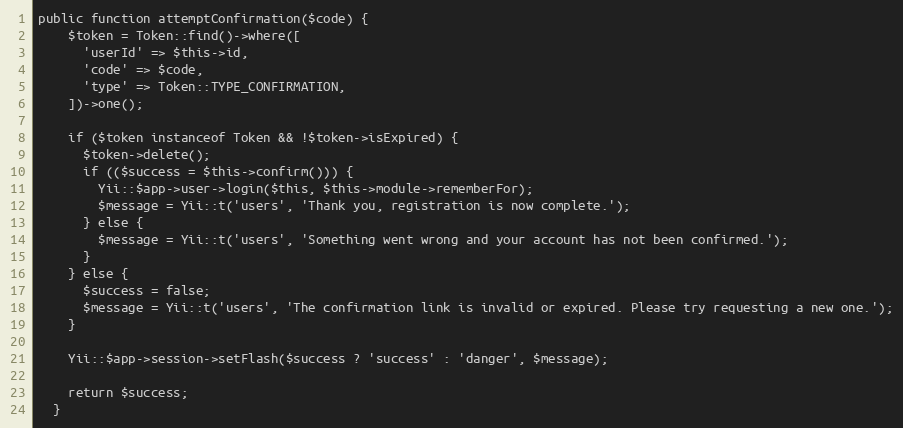
Language: PHP
public function attemptConfirmation($code) {
    $token = Token::find()->where([
      'userId' => $this->id,
      'code' => $code,
      'type' => Token::TYPE_CONFIRMATION,
    ])->one();

    if ($token instanceof Token && !$token->isExpired) {
      $token->delete();
      if (($success = $this->confirm())) {
        Yii::$app->user->login($this, $this->module->rememberFor);
        $message = Yii::t('users', 'Thank you, registration is now complete.');
      } else {
        $message = Yii::t('users', 'Something went wrong and your account has not been confirmed.');
      }
    } else {
      $success = false;
      $message = Yii::t('users', 'The confirmation link is invalid or expired. Please try requesting a new one.');
    }

    Yii::$app->session->setFlash($success ? 'success' : 'danger', $message);

    return $success;
  }